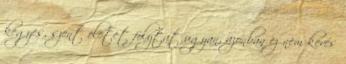
kegyes, szent életet folytat ugyan, azonban ez nem kevés